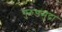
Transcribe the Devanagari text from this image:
गुरुडमुद्रा